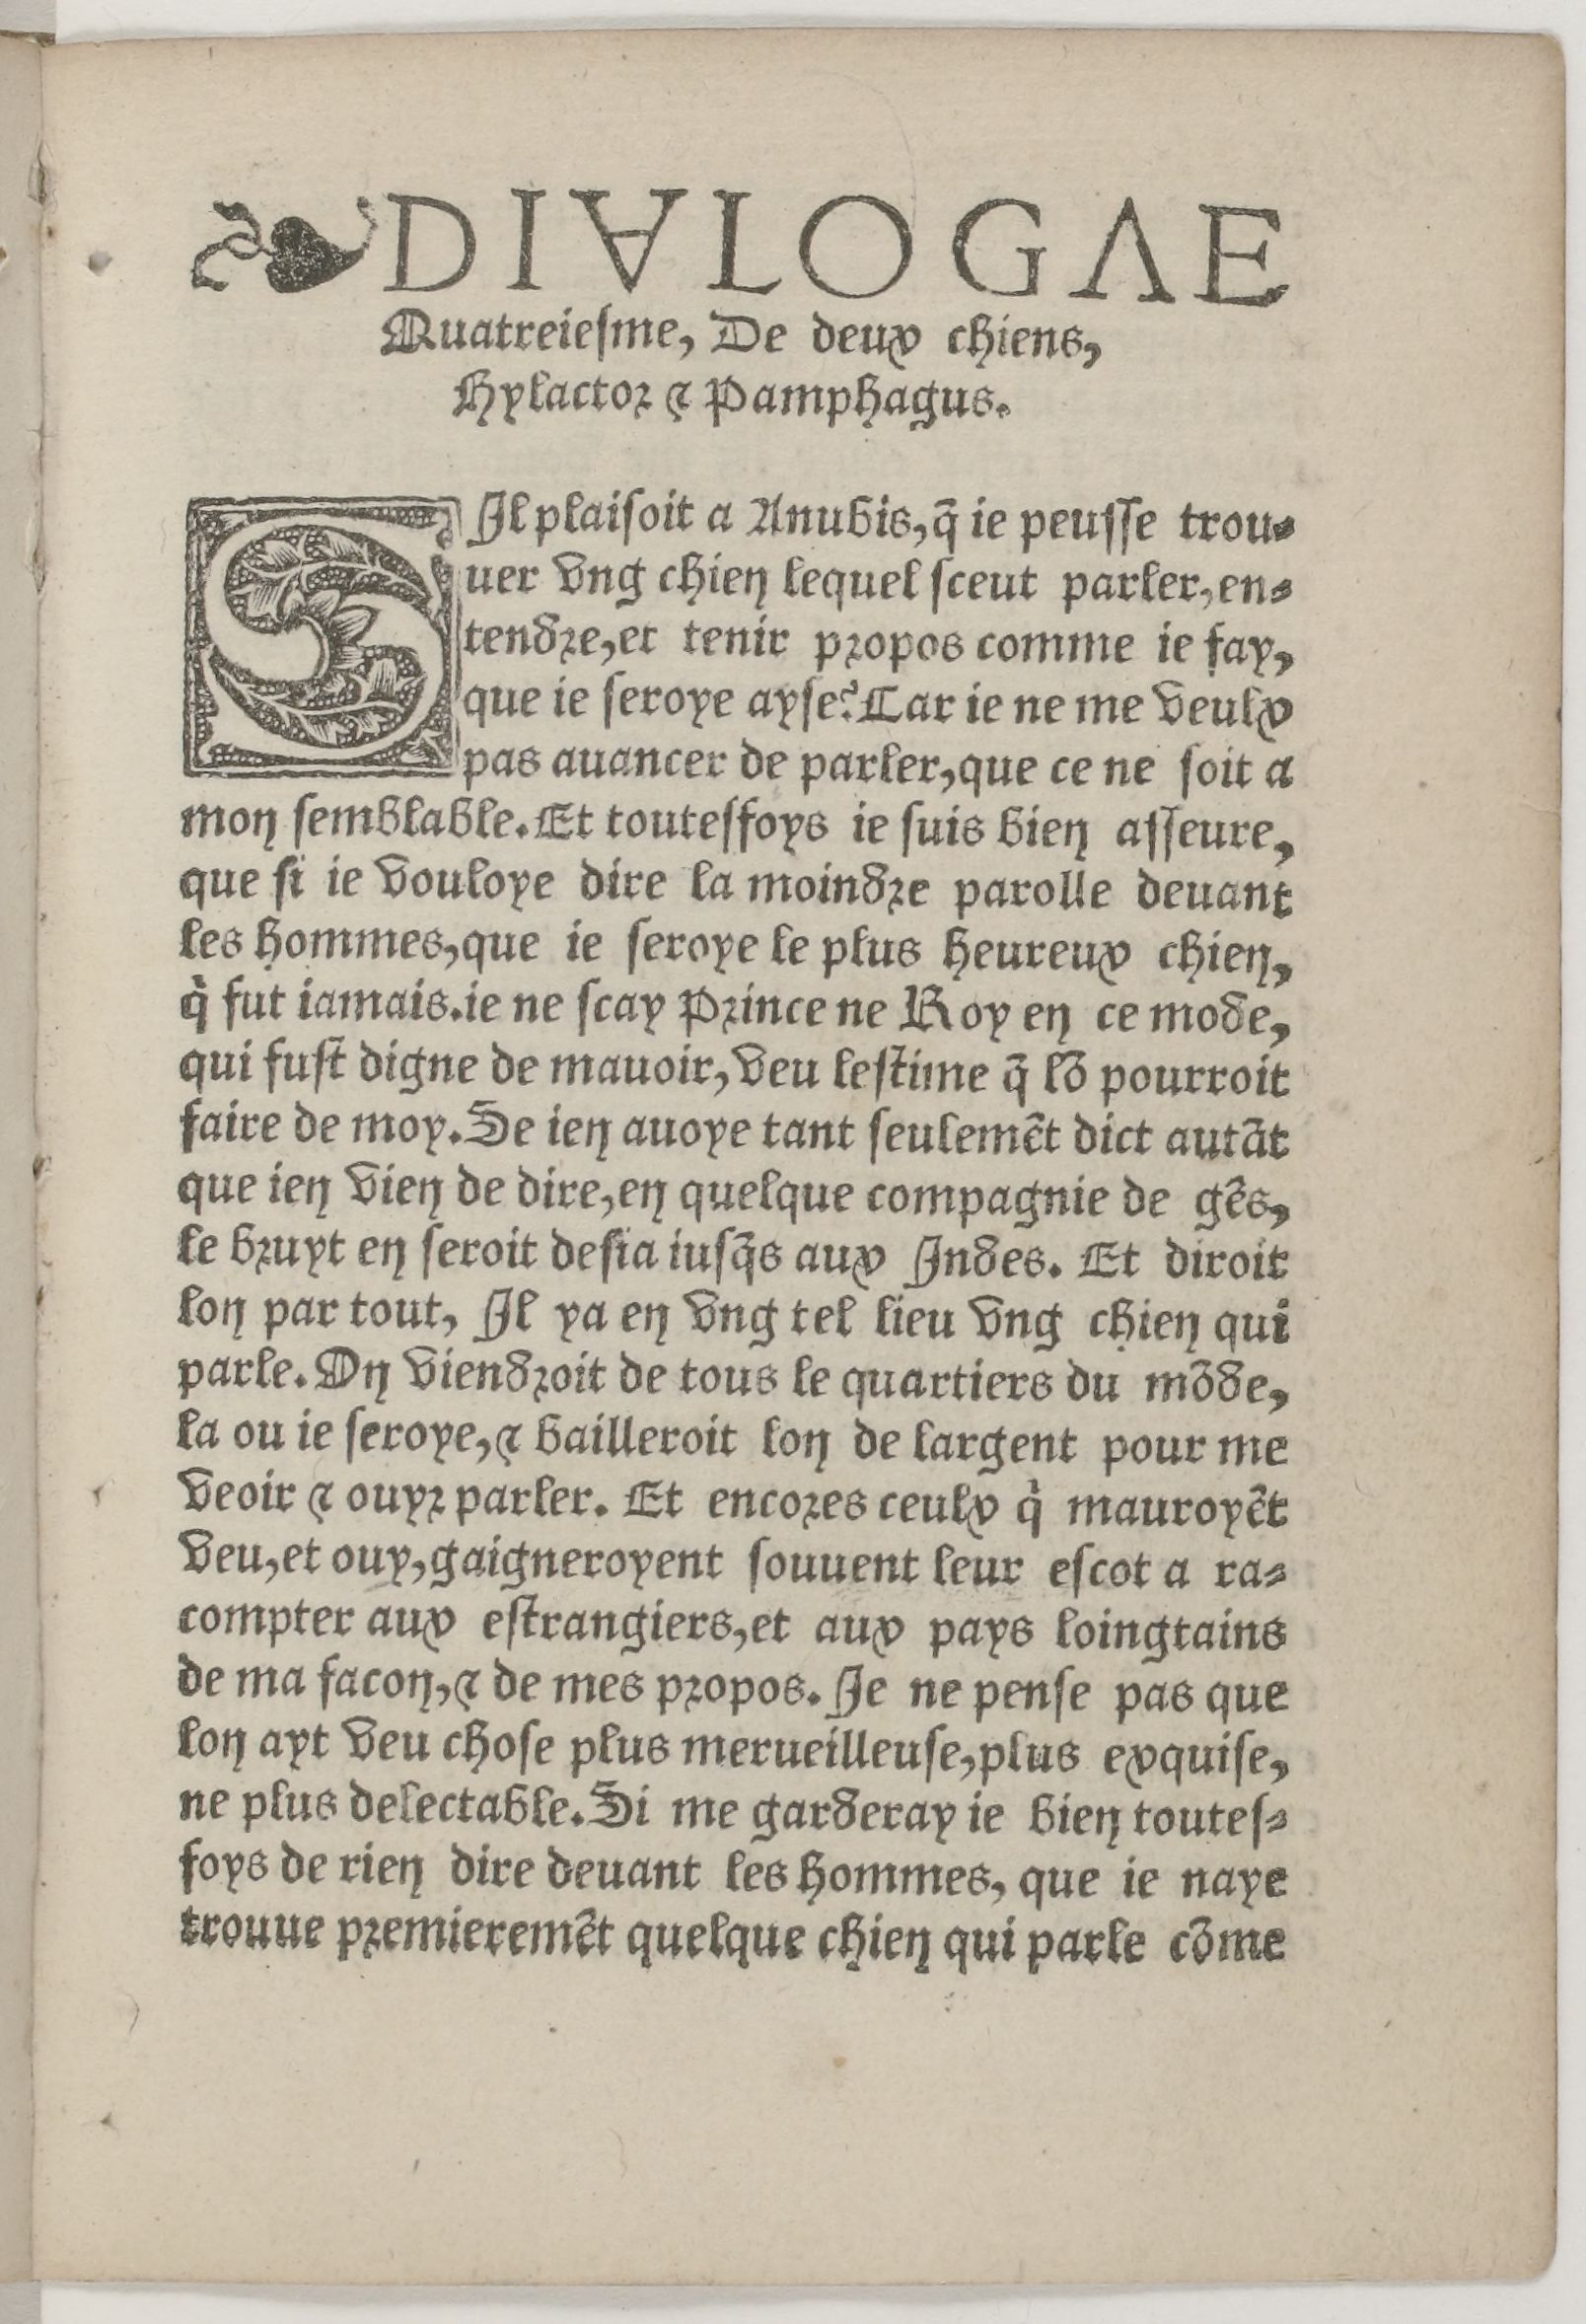
Shelfmark: Paris, BnF, Rés. Z-2442
Century: 16